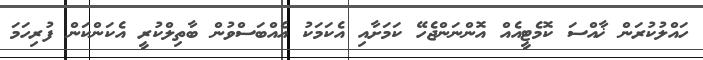
ހައްލުކުރަން ޚާއްސަ ކޮމެޓީއެއް އޮންނަންޖެހޭ ކަމަށާއި އެކަމަކު އެއްބަސްވުން ބާތިލްކުރީ އެކަންކަން ފުރިހަމަ